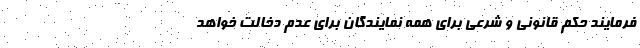
فرمایند حکم قانونی و شرعی برای همه نمایندگان برای عدم دخالت خواهد